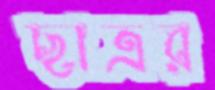
ছাত্রর